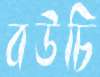
বউচি